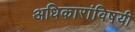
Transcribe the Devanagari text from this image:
अधिकारांविषयी